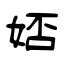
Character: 娝